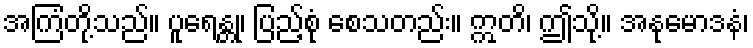
အကြံတို့သည်။ ပူရေန္တု၊ ပြည့်စုံ စေသတည်း။ ဣတိ၊ ဤသို့။ အနုမောဒနံ၊